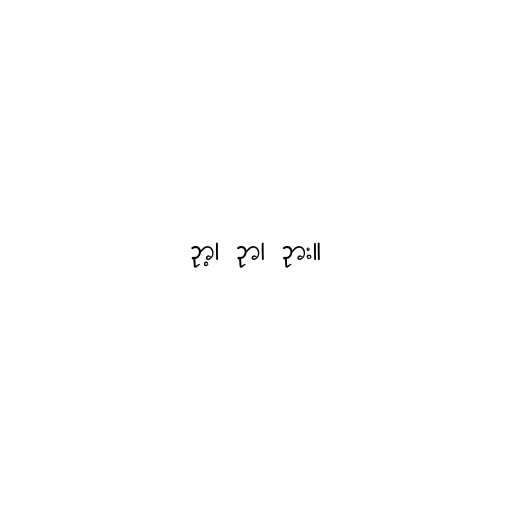
ဉာ့၊ ဉာ၊ ဉား။